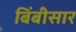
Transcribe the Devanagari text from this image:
बिंबीसार